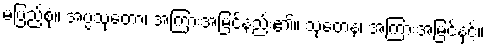
မပြည့်စုံ။ အပ္ပသုတော၊ အကြားအမြင်နည်း၏။ သုတေန၊ အကြားအမြင်နှင့်။